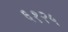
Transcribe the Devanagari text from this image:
६१२५